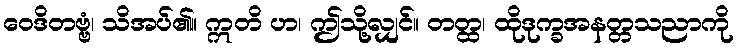
ဝေဒိတဗ္ဗံ၊ သိအပ်၏။ ဣတိ ဟ၊ ဤသို့လျှင်။ တတ္ထ၊ ထိုဒုက္ခအနတ္တသညာကို